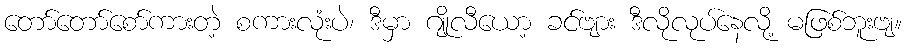
တော်တော်စော်ကားတဲ့ စကားလုံးပဲ၊ ဒီမှာ ဂျိုလီယော့ ခင်ဗျား ဒီလိုလုပ်နေလို့ မဖြစ်ဘူးဗျ။